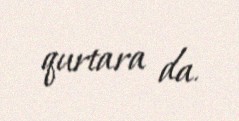
qurtara da.